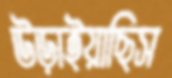
উড়াইয়াছিস